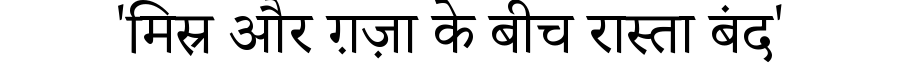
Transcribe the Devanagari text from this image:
'मिस्र और ग़ज़ा के बीच रास्ता बंद'